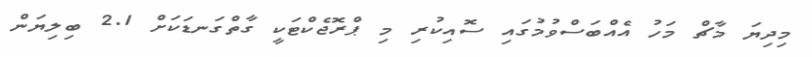
މިދިޔަ މާޗް މަހު އެއްބަސްވުމުގައި ސޮއިކުރި މި ޕްރޮޖެކްޓަކީ ގާތްގަނޑަކަށް 2.1 ބިލިޔަން